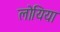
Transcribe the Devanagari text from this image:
लोयिया